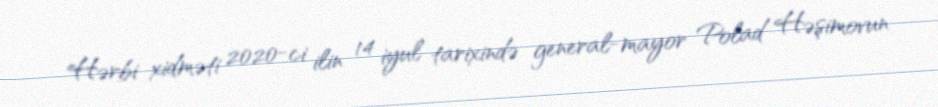
Hərbi xidməti 2020-ci ilin 14 iyul tarixində general-mayor Polad Həşimovun